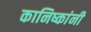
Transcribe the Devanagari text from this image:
कानिष्कांनी